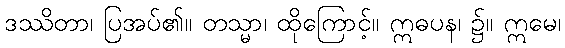
ဒဿိတာ၊ ပြအပ်၏။ တသ္မာ၊ ထိုကြောင့်။ ဣဓပန၊ ၌။ ဣမေ၊